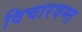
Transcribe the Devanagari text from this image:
विचारवम्त